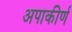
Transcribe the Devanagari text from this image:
अपाकीर्ण